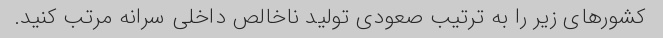
کشورهای زیر را به ترتیب صعودی تولید ناخالص داخلی سرانه مرتب کنید.